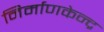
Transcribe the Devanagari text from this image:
निर्माणकेन्द्र